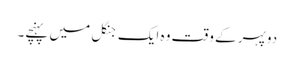
دوپہر کے وقت وہ ایک جنگل میں پہنچے۔